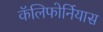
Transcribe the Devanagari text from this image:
कॅलिफोर्नियास